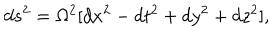
d s ^ { 2 } = \Omega ^ { 2 } [ d x ^ { 2 } - d t ^ { 2 } + d y ^ { 2 } + d z ^ { 2 } ] ,